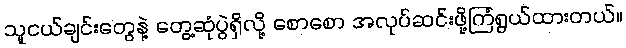
သူငယ်ချင်းတွေနဲ့ တွေ့ဆုံပွဲရှိလို့ စောစော အလုပ်ဆင်းဖို့ကြံရွယ်ထားတယ်။